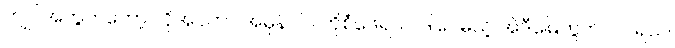
ကျုပ်အတွက်တော့ လိုအပ်တာ အမှန်ပါပဲ ကိုစံဖေရယ်၊ ဒါပေမယ့် အဲဒီမြေကွက်လပ်ရယ်၊